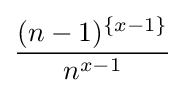
{\frac {(n-1)^{\{x-1\}}}{n^{x-1}}}